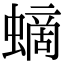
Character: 𧏸